Annual report of the Punjab Veterinary College and of the Civil Veterinary Department, Punjab - 1920-1925
Year: 1920
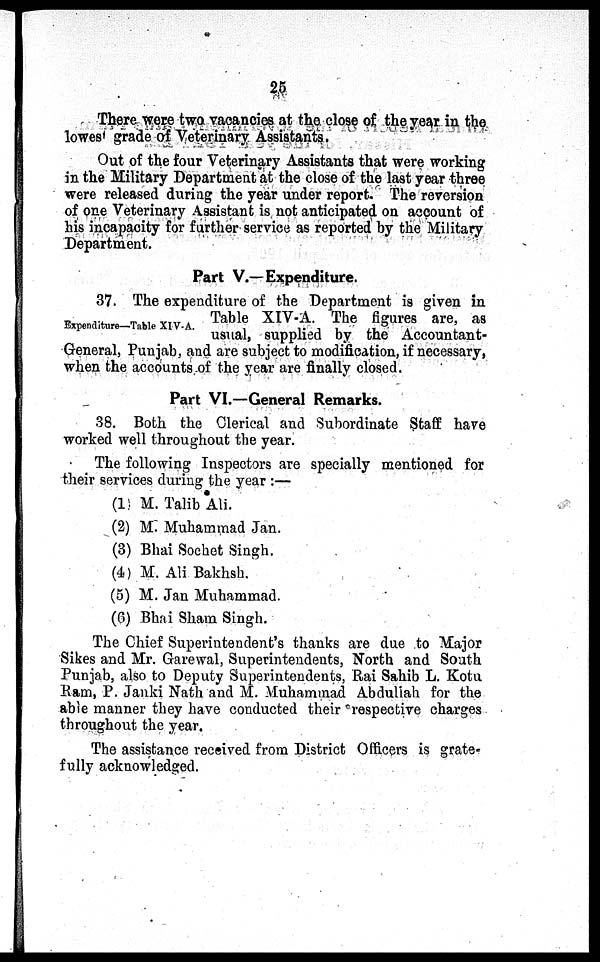
25
There were two vacancies at the close of the year in the
lowest grade of Veterinary Assistants.
Out of the four Veterinary Assistants that were working
in the Military Department at the close of the last year three
were released during the year under report. The reversion
of one Veterinary Assistant is not anticipated on account of
his incapacity for further service as reported by the Military
Department.
Part V.—Expenditure.
Expenditure—Table XIV-A.
37. The expenditure of the Department is given in
Table XIV-A. The figures are, as
usual, supplied by the Accountant-
General, Punjab, and are subject to modification, if necessary,
when the accounts of the year are finally closed.
Part VI.—General Remarks.
38. Both the Clerical and Subordinate Staff have
worked well throughout the year.
The following Inspectors are specially mentioned for
their services during the year:—
(1) M. Talib Ali.
(2) M. Muhammad Jan.
(3) Bhai Sochet Singh.
(4) M. Ali Bakhsh.
(5) M. Jan Muhammad.
(6) Bhai Sham Singh.
The Chief Superintendent's thanks are due to Major
Sikes and Mr. Garewal, Superintendents, North and South
Punjab, also to Deputy Superintendents, Rai Sahib L. Kotu
Ram, P. Janki Nath and M. Muhammad Abduliah for the
able manner they have conducted their respective charges
throughout the year.
The assistance received from District Officers is grate-
fully acknowledged.